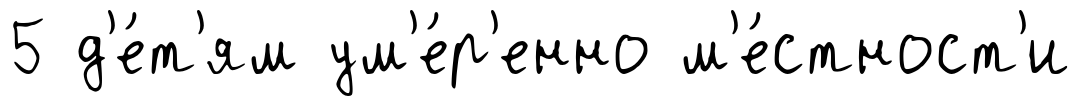
5 д'е́т'ям ум'е́р'енно м'е́стност'и